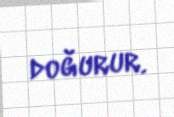
doğurur.